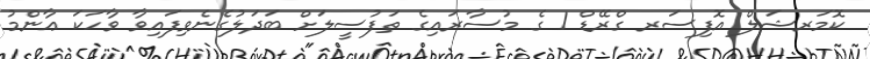
ކޮމަރޝަލް އޮފިސަރ ގްރޭޑް 1 ގެ މުސާރައިގެ ތަފުސީލަށް ބަދަލުގެނެވިފައިވާ ވާހަކަ ޢާންމު